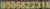
0506822318